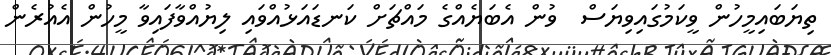
ތިޔަބައިމީހުން ވީކަމުގައިވިޔަސް  ވުން އެބަޔެއްގެ މައްޗަށް ކަނޑައަޅުއްވައި ލިޔުއްވާފައިވާ މީހުން އެއުރެން